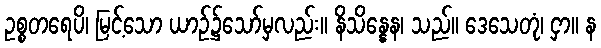
ဥစ္စတရေပိ၊ မြင့်သော ယာဉ်၌သော်မှလည်း။ နိသိန္နေန၊ သည်။ ဒေသေတုံ၊ ငှာ။ န